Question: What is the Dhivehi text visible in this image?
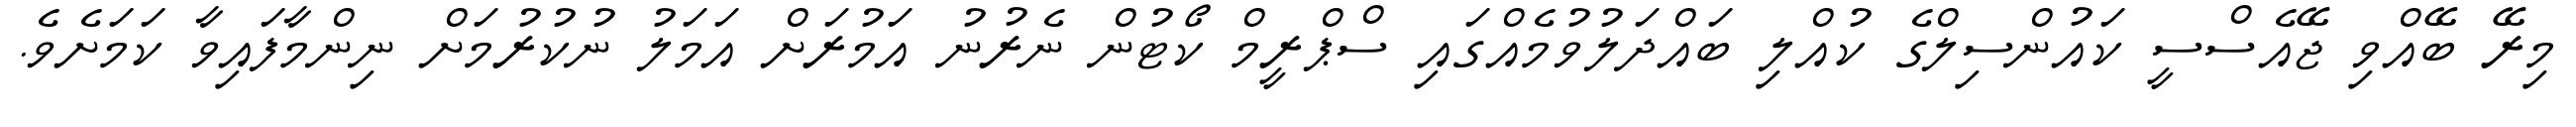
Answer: މިރޭ ބޭއްވި ޖޭއެސްސީ ކައުންސިލްގެ ކުއްލި ބައްދަލުވުމެއްގައި ސްޕްރީމް ކޯޓުން ނެރުނު އަމުރަށް އަމަލު ނުކުރުމަށް ނިންމާފައިވާ ކަމަށެވެ.